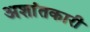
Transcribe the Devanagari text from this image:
अशांतकारी